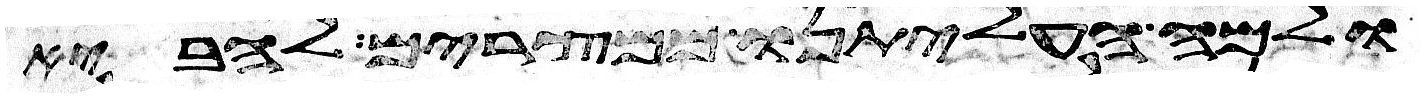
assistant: ולמה העליתנו ממצרים להביא